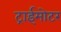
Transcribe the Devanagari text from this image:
ट्राईमोटर